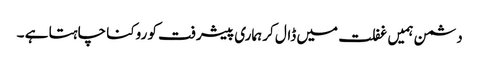
دشمن ہمیں غفلت میں ڈال کر ہماری پیشرفت کو روکنا چاہتا ہے ۔